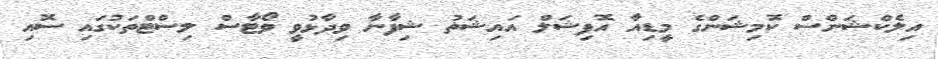
އިލެކްޝަންސް ކޮމިޝަންގެ މީޑިއާ އޮފިޝަލް އައިޝަތު ޝިފާނާ ވިދާޅުވީ ވޯޓާސް ލިސްޓްތަކުގައި ސޮއި